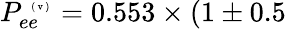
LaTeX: P_{ee}^{\mathrm{~\tiny~(~v~)~}}=0.553\times(1\pm 0.5\